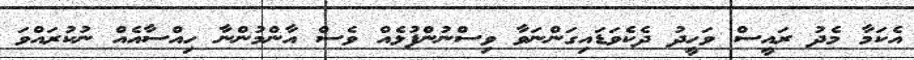
އެކަމާ މެދު ރައީސް ވަހީދު ދެކެވަޑައިގަންނަވާ ވިސްނުންފުޅެއް ވެސް އާންމުންނާ ހިއްސާއެއް ނުކުރައްވަ